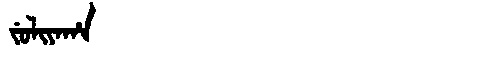
Manchu: ᠵᡠᠯᡳᠶᠠᡥᠠ
Romanization: JULIYAHA